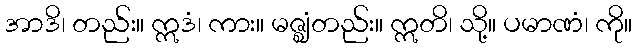
အာဒိ၊ တည်း။ ဣဒံ၊ ကား။ မဇ္ဈံတည်း။ ဣတိ၊ သို့။ ပမာဏံ၊ ကို။